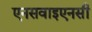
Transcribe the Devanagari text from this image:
एनसवाइएनसी